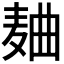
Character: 𱋐